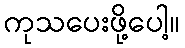
ကုသပေးဖို့ပေါ့။